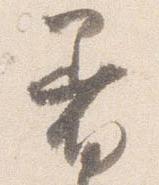
着